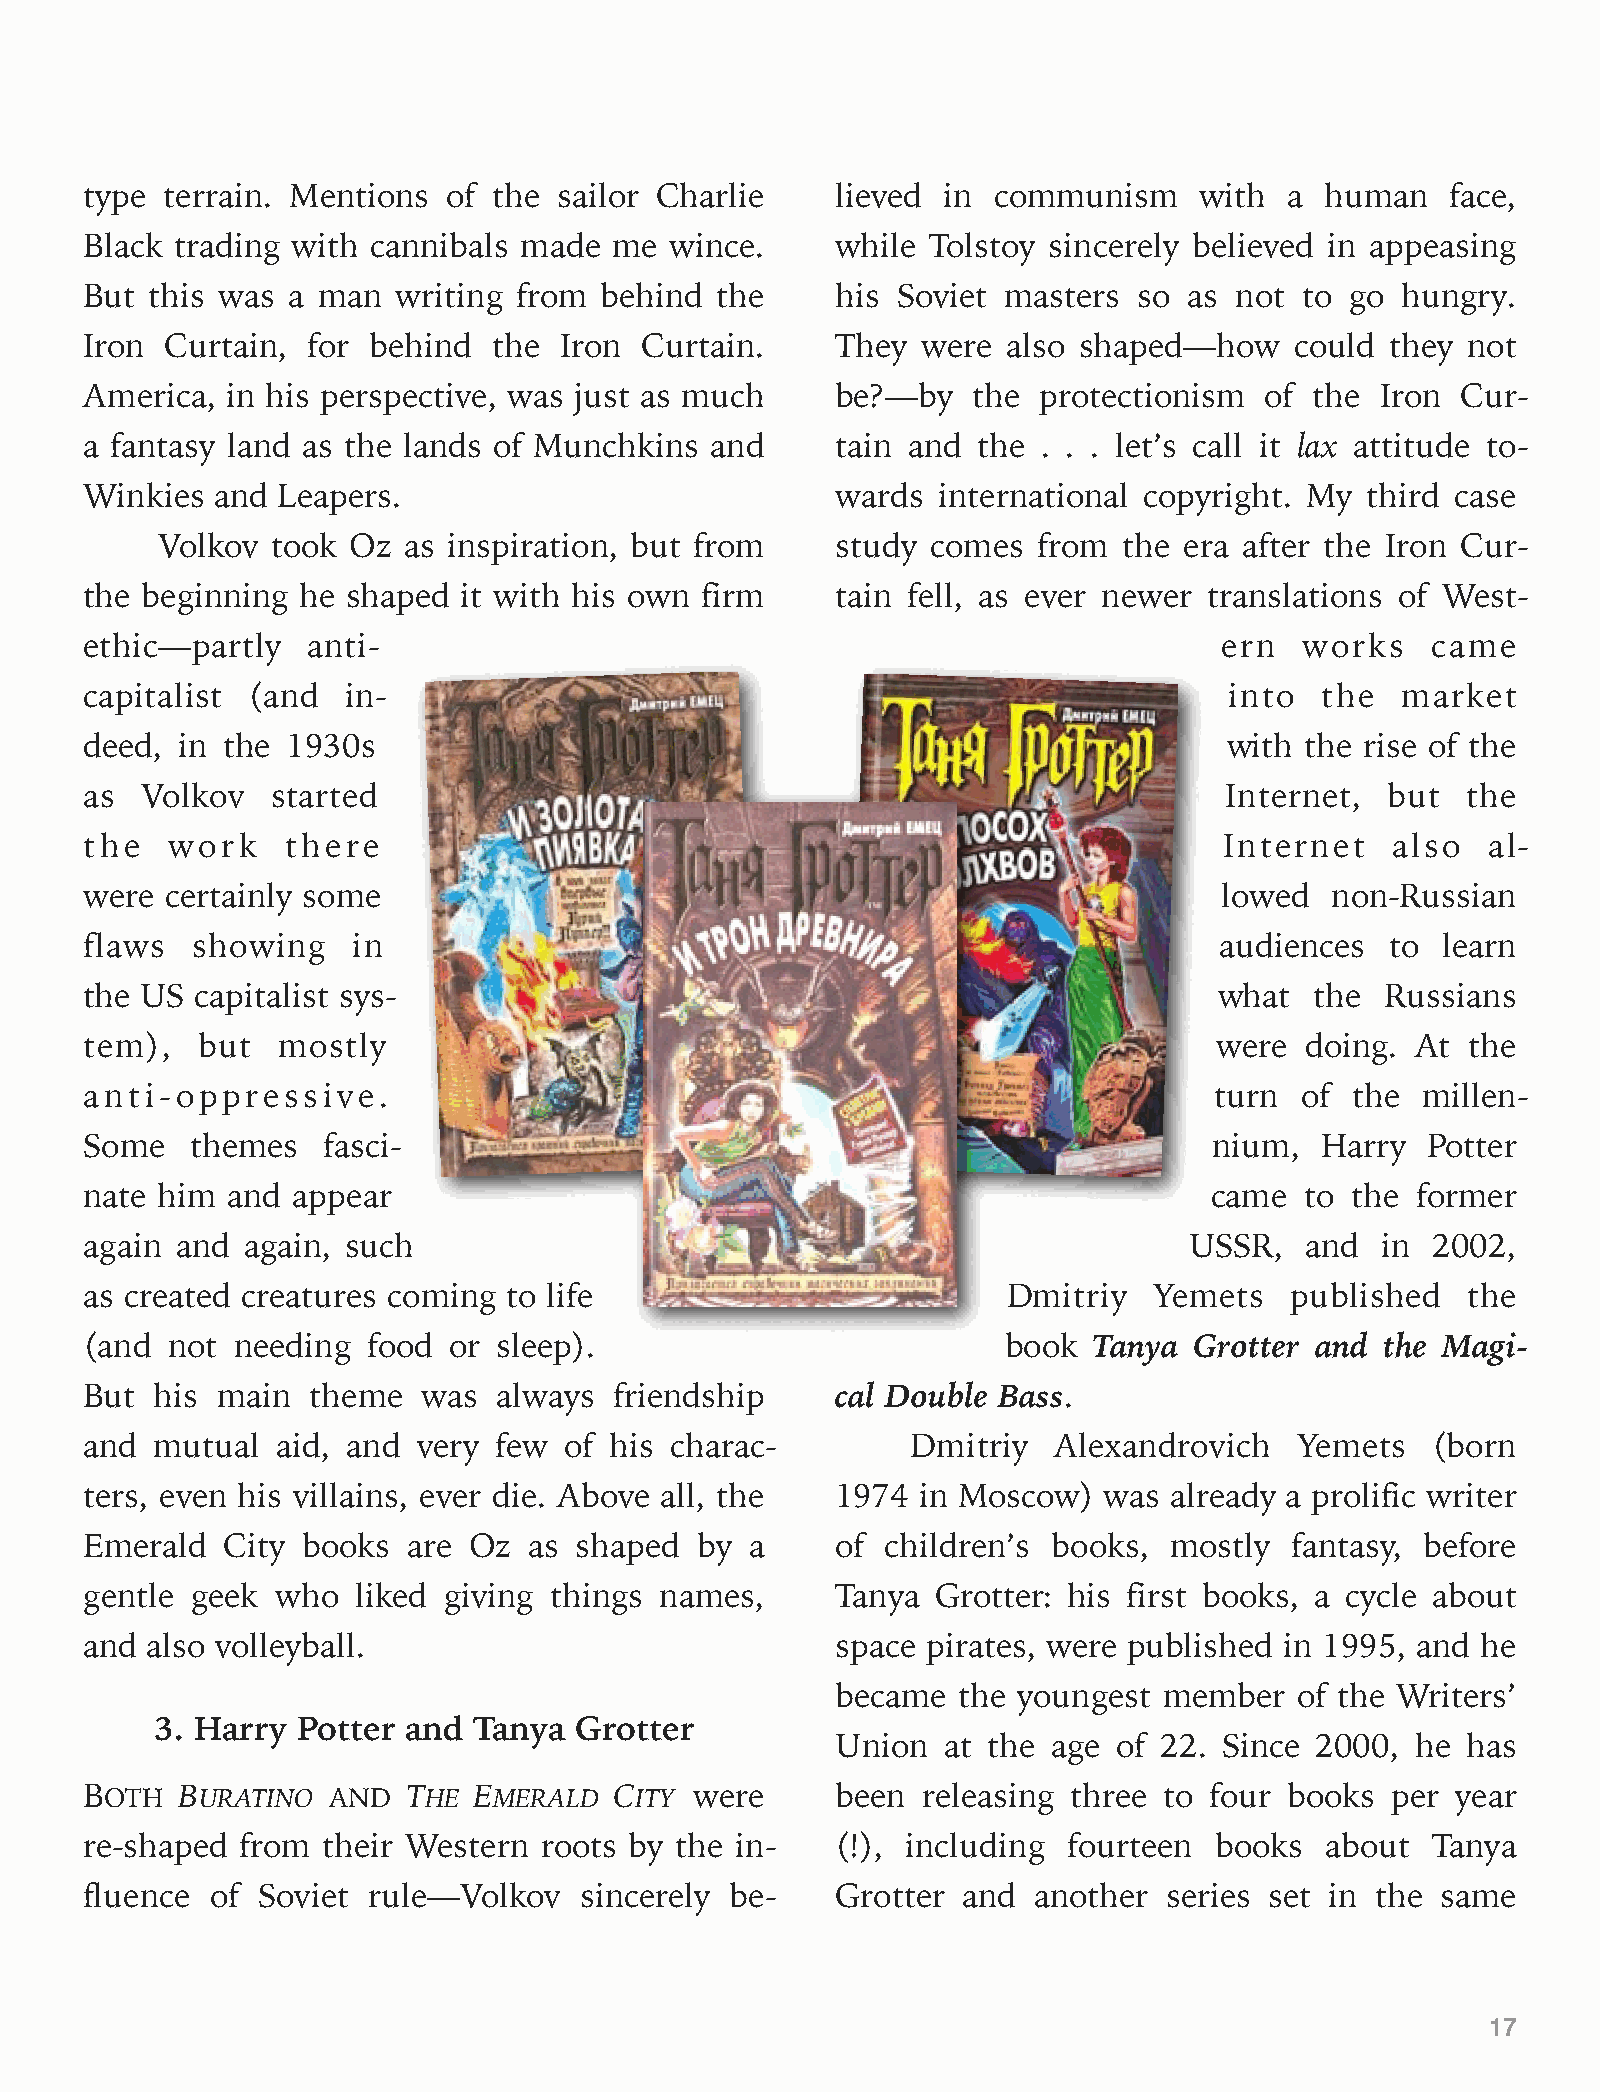
type terrain. Mentions  of the sailor Charlie    lieved in  communism    with  a  human   face,
 Black trading with cannibals made  me wince.     while  Tolstoy sincerely believed in appeasing
 But this was a man  writing from  behind the     his Soviet masters  so  as not to go  hungry.
 Iron Curtain, for behind   the Iron Curtain.     They  were  also shaped—how    could they not
 America, in his perspective, was just as much    be?—by   the  protectionism  of the Iron  Cur-
 a fantasy land as the lands of Munchkins and     tain and  the . . . let’s call it lax attitude to-
 Winkies and Leapers.                             wards  international copyright. My  third case
 Volkov  took Oz  as inspiration, but from    study  comes  from the era after the Iron Cur-
 the beginning he shaped  it with his own firm    tain fell, as ever newer translations of West-
 ethic—partly  anti-                                                        ern  works    came
 capitalist (and  in-                                                       into  the   market
 deed, in the 1930s                                                         with the rise of the
 as Volkov   started                                                        Internet,  but  the
 the  work    there                                                         Internet   also  al-
 were certainly some                                                        lowed  non-Russian
 flaws  showing   in                                                        audiences  to learn
 the US capitalist sys-                                                     what  the  Russians
 tem),  but  mostly                                                        were  doing.  At the
 anti-oppressive.                                                          turn  of  the millen-
 Some   themes  fasci-                                                     nium,  Harry  Potter
 nate him and appear                                                       came  to the  former
 again and again, such                                                    USSR,  and  in  2002,
 as created creatures coming to life                          Dmitriy  Yemets   published   the
 (and not needing  food  or sleep).                           book Tanya  Grotter and  the Magi-
 But his main   theme  was  always  friendship    cal Double Bass.
 and mutual  aid, and  very few of his charac-         Dmitriy   Alexandrovich   Yemets   (born
 ters, even his villains, ever die. Above all, the 1974 in Moscow)  was  already a prolific writer
 Emerald  City books  are Oz  as shaped  by  a    of  children’s books, mostly  fantasy, before
 gentle geek who   liked giving things names,     Tanya  Grotter: his first books, a cycle about
 and also volleyball.                             space pirates, were published in 1995, and he
 became  the youngest  member   of the Writers’
 3. Harry  Potter and Tanya  Grotter
 Union   at the age of 22. Since 2000,  he has
 BOTH  BURATINO  AND  THE EMERALD   CITY were     been  releasing three to four books  per year
 re-shaped from their Western  roots by the in-   (!), including  fourteen books   about  Tanya
 fluence of Soviet rule—Volkov   sincerely be-    Grotter  and another  series set in the same
 17